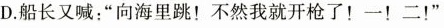
D.船长又喊：“向海里跳！不然我就开枪了！一！二！”